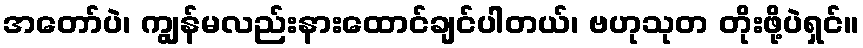
အတော်ပဲ၊ ကျွန်မလည်းနားထောင်ချင်ပါတယ်၊ ဗဟုသုတ တိုးဖို့ပဲရှင်။